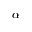
\alpha